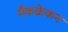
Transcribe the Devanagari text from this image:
मैकक्रेकन